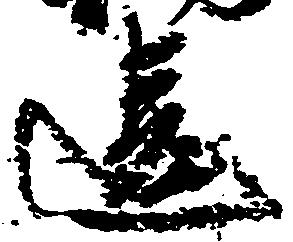
違